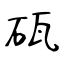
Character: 砙